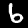
Digit: 6